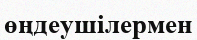
өңдеушілермен